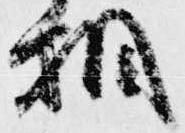
相